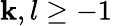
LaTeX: \mathbf{k},l\ge-1